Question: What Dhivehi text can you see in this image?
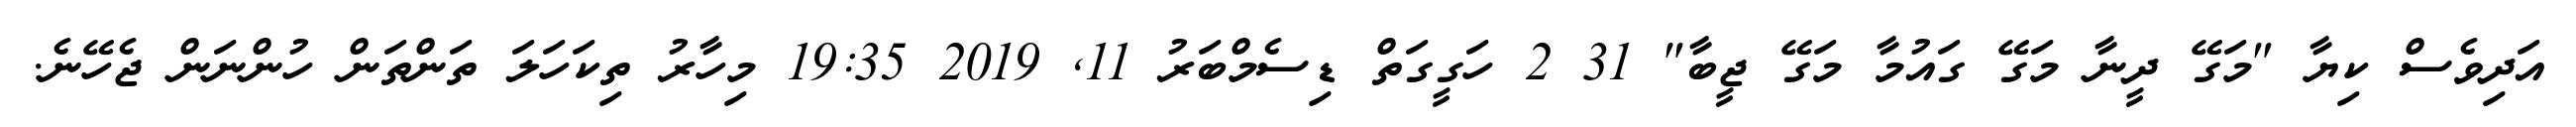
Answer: އަދިވެސް ކިޔާ "މަގޭ ދީނާ މަގޭ ގައުމާ މަގޭ ޖީބާ" 31 2 ހަގީގަތް ޑިސެމްބަރު 11, 2019 19:35 މިހާރު ތިކަހަލަ ތަންތަން ހުންނަން ޖެހޭނެ.